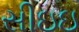
સીઇઇ